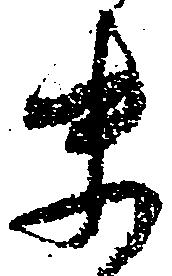
末